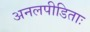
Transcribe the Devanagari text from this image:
अनलपीडिताः